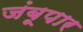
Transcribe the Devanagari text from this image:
जंबूपार